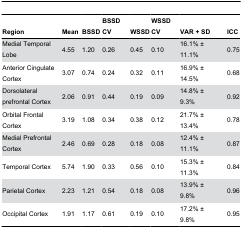
| Region | Mean | BSSD | BSSD CV | WSSD | WSSD CV | VAR + SD | ICC |
 | --- | --- | --- | --- | --- | --- | --- | --- |
 | Medial Temporal Lobe | 4.55 | 1.20 | 0.26 | 0.45 | 0.10 | 16.1% ± 11.1% | 0.75 |
 | Anterior Cingulate Cortex | 3.07 | 0.74 | 0.24 | 0.32 | 0.11 | 16.9% ± 14.5% | 0.68 |
 | Dorsolateral prefrontal Cortex | 2.06 | 0.91 | 0.44 | 0.19 | 0.09 | 14.8% ± 9.3% | 0.92 |
 | Orbital Frontal Cortex | 3.19 | 1.08 | 0.34 | 0.38 | 0.12 | 21.7% ± 13.4% | 0.78 |
 | Medial Prefrontal Cortex | 2.46 | 0.69 | 0.28 | 0.18 | 0.08 | 12.4% ± 11.1% | 0.87 |
 | Temporal Cortex | 5.74 | 1.90 | 0.33 | 0.56 | 0.10 | 15.3% ± 11.3% | 0.84 |
 | Parietal Cortex | 2.23 | 1.21 | 0.54 | 0.18 | 0.08 | 13.9% ± 9.8% | 0.96 |
 | Occipital Cortex | 1.91 | 1.17 | 0.61 | 0.19 | 0.10 | 17.2% ± 9.8% | 0.95 |